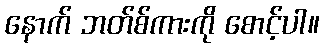
နောက် ဘတ်စ်ကားကို စောင့်ပါ။